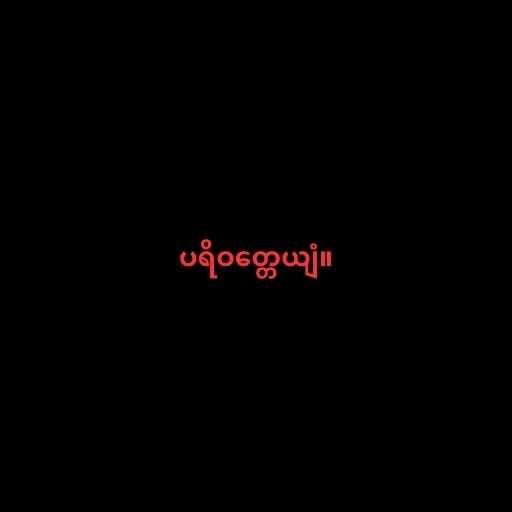
ပရိဝတ္တေယျံ။